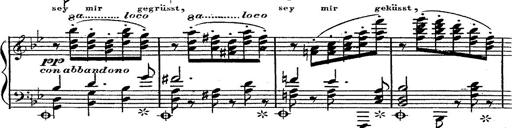
Title: 12 Lieder von Franz Schubert
Composer: Franz Liszt